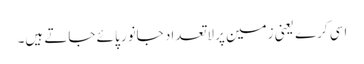
اسی کرے یعنی زمین پر لاتعداد جانور پائے جاتے ہیں۔